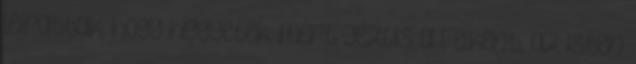
leírattak, hogy higgyetek, mert Jézus a Felkent, az Isten